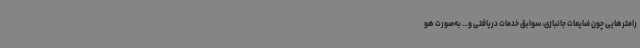
رامترهایی چون ضایعات جانبازی، سوابق خدمات دریافتی و... به‌صورت هو